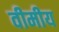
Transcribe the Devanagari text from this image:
वीमीय